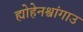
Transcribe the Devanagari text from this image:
ह्योहेनश्वांगाउ